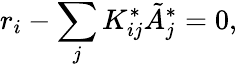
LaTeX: r_{i}-\sum_{j}K_{ij}^{*}\tilde{A}_{j}^{*}=0,